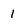
Character: 1